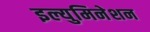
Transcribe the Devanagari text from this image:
इल्युमिनेशन